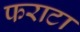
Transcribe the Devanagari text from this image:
फराटा